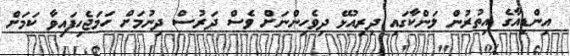
އިންޑިއާގެ އިތުރުން ލަންކާގައި ދިރިއުޅޭ ދިވެހިންނަށް ވެސް ދަރުސް ދިނުމަށް ހަމަޖެހިފައިވާ ކަމަށް